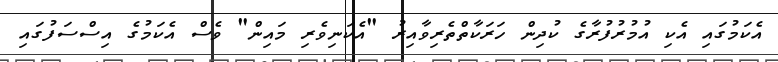
އެކަމުގައި އެކި އުމުރުފުރާގެ ކުދިން ހަރަކާތްތެރިވާއިރު "އެކަނިވެރި މައިން" ވެސް އެކަމުގެ އިސްސަފުގައި